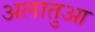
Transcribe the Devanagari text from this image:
अलातुआ